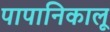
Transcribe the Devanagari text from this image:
पापानिकालू